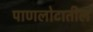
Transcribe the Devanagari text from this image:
पाणलोटातील